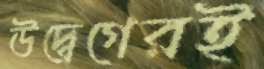
উদ্বেগেরই